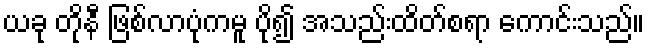
ယခု တိုနီ ဖြစ်လာပုံကမူ ပို၍ အသည်းထိတ်စရာ ကောင်းသည်။